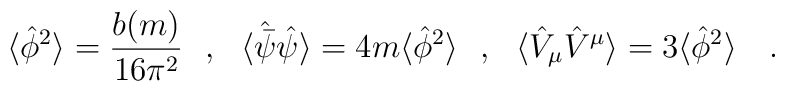
\langle \hat{\phi}^2 \rangle={b(m) \over 16\pi^2}~~,~~\langle \hat{\bar{\psi}}\hat{\psi}\rangle=4m\langle \hat{\phi}^2 \rangle~~,~~\langle \hat{V}_\mu\hat{V}^\mu \rangle=3\langle \hat{\phi}^2 \rangle~~~.